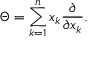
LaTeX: \Theta = \sum _ { k = 1 } ^ { n } x _ { k } { \frac { \partial } { \partial x _ { k } } } .